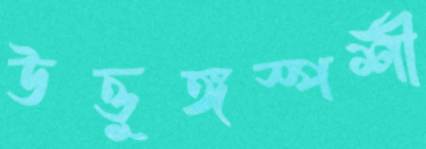
উত্তুঙ্গস্পর্শী